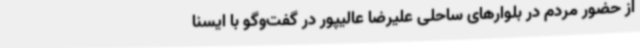
از حضور مردم در بلوارهای ساحلی علیرضا عالیپور در گفت‌وگو با ایسنا